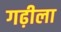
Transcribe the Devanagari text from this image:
गढ़ीला